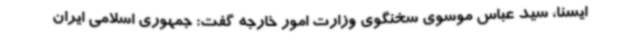
ایسنا، سید عباس موسوی سخنگوی وزارت امور خارجه گفت: جمهوری اسلامی ایران